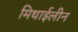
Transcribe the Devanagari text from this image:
मिथाईलीन